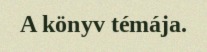
A könyv témája.